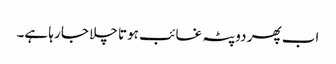
اب پھر دوپٹہ غائب ہوتا چلا جا رہا ہے۔